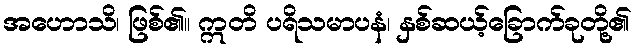
အဟောသိ၊ ဖြစ်၏။ ဣတိ ပရိသမာပနံ၊ နှစ်ဆယ့်ခြောက်ခုတို့၏